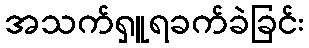
အသက်ရှူရခက်ခဲခြင်း